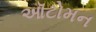
ઑટોમન